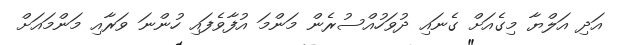
އަދި އަލްޔާ މިގެއަށް ގެނައި ދުވަހުއްސުރެން މަންމަ އުފާވެފައި ހުންނަ ވަރާއި މަންމައަށް